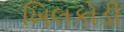
ખિલકોડી